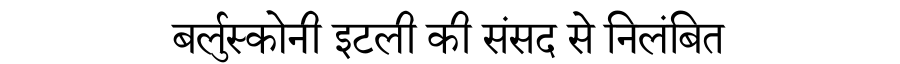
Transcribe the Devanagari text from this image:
बर्लुस्कोनी इटली की संसद से निलंबित